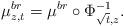
LaTeX: \begin{align*}\mu^{br}_{z,t} = \mu^{br} \circ \Phi_{\sqrt{t},z}^{-1}.\end{align*}